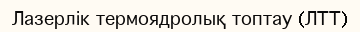
Лазерлік термоядролық топтау (ЛТТ)